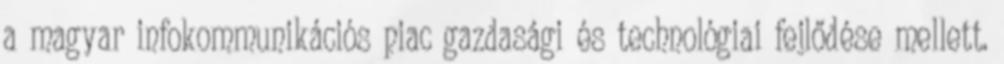
a magyar infokommunikációs piac gazdasági és technológiai fejlődése mellett.